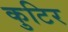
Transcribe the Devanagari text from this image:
कुटिर